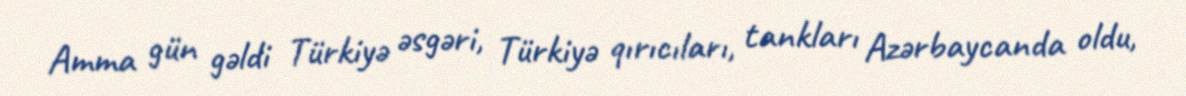
Amma gün gəldi Türkiyə əsgəri, Türkiyə qırıcıları, tankları Azərbaycanda oldu,